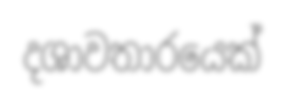
දශාවතාරයෙක්